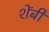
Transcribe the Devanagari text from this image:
शेंबी